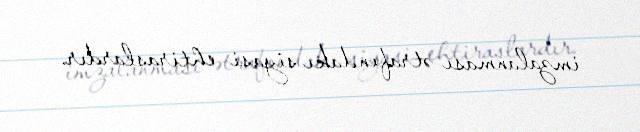
imzalanması ətrafındakı siyasi ehtiraslardır.